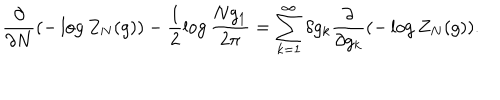
LaTeX: \frac { \partial } { \partial N } ( - \log Z _ { N } ( g ) ) - \frac { 1 } { 2 } \log \frac { N g _ { 1 } } { 2 \pi } = \sum _ { k = 1 } ^ { \infty } \delta g _ { k } \frac { \partial } { \partial g _ { k } } ( - \log Z _ { N } ( g ) ) .